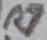
Text: R7